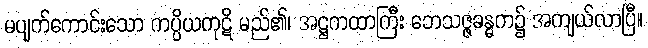
မပျက်ကောင်းသော ကပ္ပိယကုဋိ မည်၏၊ အဋ္ဌကထာကြီး ဘေသဇ္ဇခန္ဓက၌ အကျယ်လာပြီ။